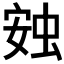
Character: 𧊹